Annual report of the Imperial Bacteriological Laboratory, Muktesar
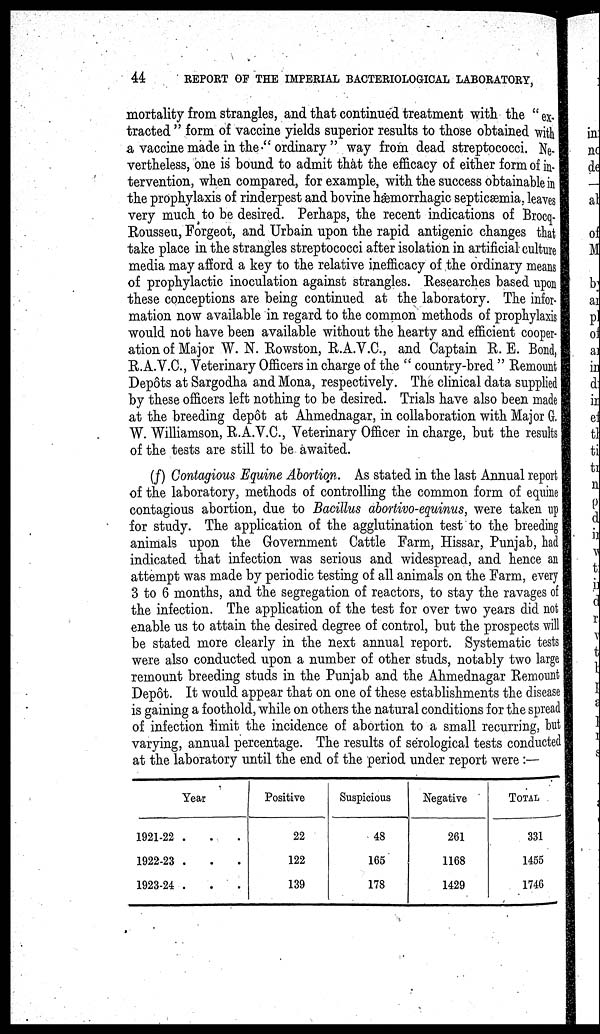
44
REPORT OF THE IMPERIAL BACTERIOLOGICAL LABORATORY,
mortality from strangles, and that continued treatment with the "ex-
tracted " form of vaccine yields superior results to those obtained with
a vaccine made in the " ordinary " way from dead streptococci. Ne-
vertheless, one is bound to admit that the efficacy of either form of in¬
tervention, when compared, for example, with the success obtainable in
the prophylaxis of rinderpest and bovine hæmorrhagic septicæmia, leaves
very much to be desired. Perhaps, the recent indications of Brocq¬
Rousseu, Forgeot, and Urbain upon the rapid antigenic changes that
take place in the strangles streptococci after isolation in artificial culture
media may afford a key to the relative inefficacy of the ordinary means
of prophylactic inoculation against strangles. Researches based upon
these conceptions are being continued at the laboratory. The infor-
mation now available in regard to the common methods of prophylaxis
would not have been available without the hearty and efficient cooper-
ation of Major W. N. Rowston, R.A.V.C., and Captain R. E. Bond,
R.A.V.C., Veterinary Officers in charge of the " country-bred " Remount
Depôts at Sargodha and Mona, respectively. The clinical data supplied
by these officers left nothing to be desired. Trials have also been made
at the breeding depôt at Ahmednagar, in collaboration with Major G.
W. Williamson, R.A.V.C., Veterinary Officer in charge, but the results
of the tests are still to be awaited.
(f) Contagious Equine Abortion. As stated in the last Annual report
of the laboratory, methods of controlling the common form of equine
contagious abortion, due to Bacillus abortivo-equinus, were taken up
for study. The application of the agglutination test to the breeding
animals upon the Government Cattle Farm, Hissar, Punjab, had
indicated that infection was serious and widespread, and hence an
attempt was made by periodic testing of all animals on the Farm, every
3 to 6 months, and the segregation of reactors, to stay the ravages of
the infection. The application of the test for over two years did not
enable us to attain the desired degree of control, but the prospects will
be stated more clearly in the next annual report. Systematic tests
were also conducted upon a number of other studs, notably two large
remount breeding studs in the Punjab and the Ahmednagar Remount
Depôt. It would appear that on one of these establishments the disease
is gaining a foothold, while on others the natural conditions for the spread
of infection limit the incidence of abortion to a small recurring, but
varying, annual percentage. The results of serological tests conducted
at the laboratory until the end of the period under report were:—
Year
1921-22 . . .
1922-23 . . .
1923-24 . . .
Positive
22
122
139
Suspicious
48
165
178
Negative
261
1168
1429
TOTAL
331
1455
1746